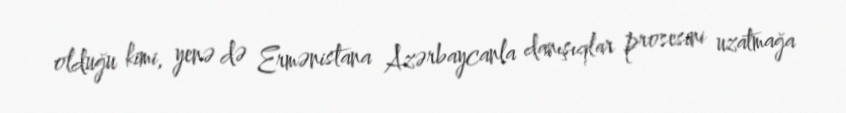
olduğu kimi, yenə də Ermənistana Azərbaycanla danışıqlar prosesini uzatmağa